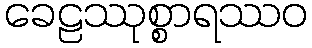
ခေဠဿုစ္စာရဿဝ